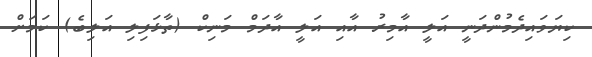
ކިޔަވައިދެމުންދަނީ އަލީ އާމިރު އާއި އަލީ އާދަމް މަނިކް (ތާޅަފިލި އަލިބެ) ކަމަށް